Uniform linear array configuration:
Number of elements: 24
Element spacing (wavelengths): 1
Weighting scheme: hamming
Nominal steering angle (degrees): -60
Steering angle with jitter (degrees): -59.215
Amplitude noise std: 0.05
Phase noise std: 0.05

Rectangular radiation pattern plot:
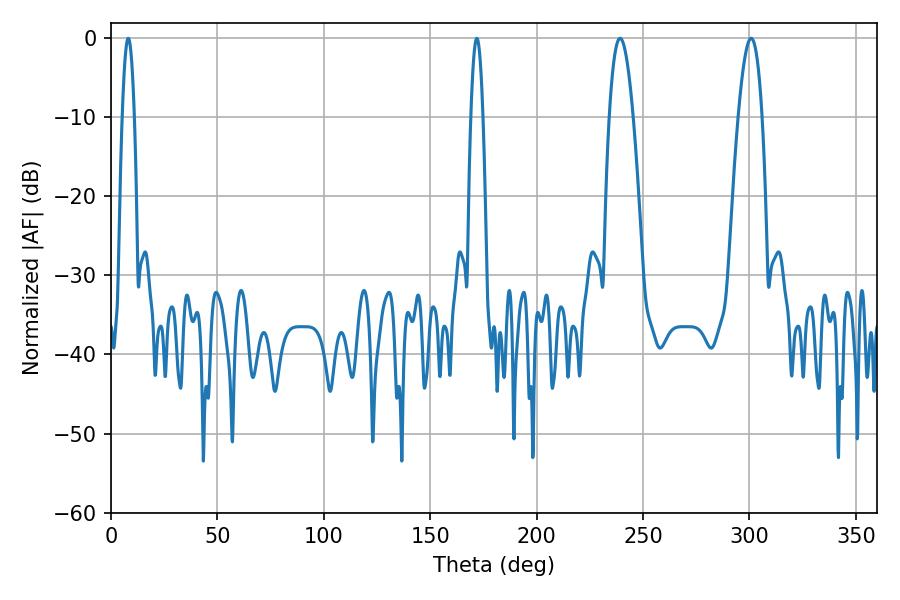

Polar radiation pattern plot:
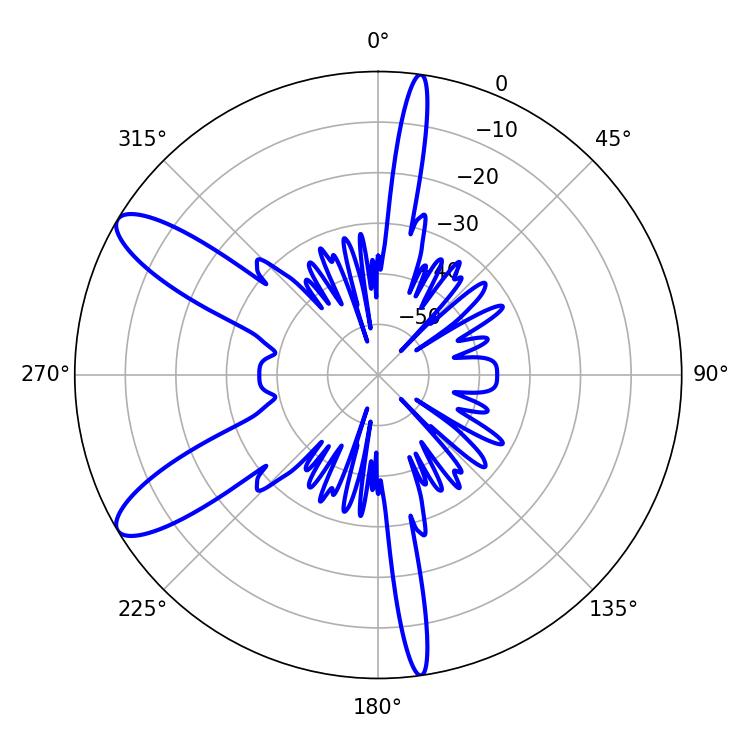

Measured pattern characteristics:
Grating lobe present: TRUE
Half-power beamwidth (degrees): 3.24
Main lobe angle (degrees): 8.1